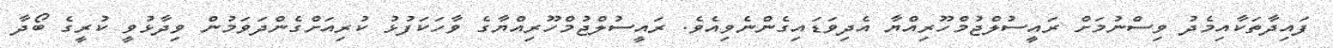
ފައިދާތަކާއިމެދު ވިސްނުމަށް ރައީސުލްޖުމްހޫރިއްޔާ އެދިވަޑައިގެންނެވިއެވެ. ރައީސުލްޖުމްހޫރިއްޔާގެ ވާހަކަފުޅު ކުރިއަށްގެންދަވަމުން ވިދާޅުވީ ކުރީގެ ބޯދާ